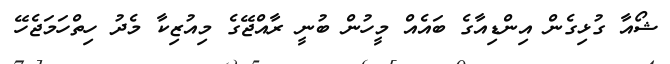
ޝޯއާ ގުޅިގެން އިންޑިއާގެ ބައެއް މީހުން ބުނީ ރާއްޖޭގެ މިއުޒިކާ މެދު ހިތްހަމަޖެހޭ